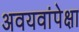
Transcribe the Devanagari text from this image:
अवयवांपेक्षा